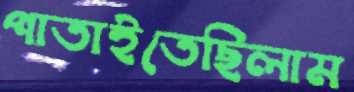
পাতাইতেছিলাম